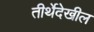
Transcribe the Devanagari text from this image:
तीर्थेदेखील